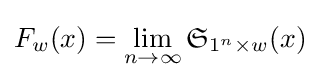
F_{w}(x)=\lim _{n\to \infty }{\mathfrak {S}}_{1^{n}\times w}(x)